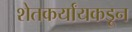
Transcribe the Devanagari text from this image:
शेतकर्यांयकडून